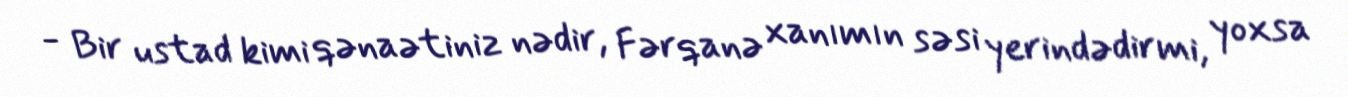
- Bir ustad kimi qənaətiniz nədir, Fərqanə xanımın səsi yerindədirmi, yoxsa